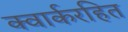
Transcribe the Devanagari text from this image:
क्वार्करहित